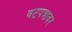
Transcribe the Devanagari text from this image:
वटपत्रावर